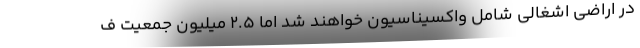
در اراضی اشغالی شامل واکسیناسیون خواهند شد اما 2.5 میلیون جمعیت ف